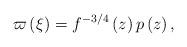
LaTeX: \begin{align*}\varpi \left( \xi \right) =f^{-3/4}\left( z\right) p\left( z\right) ,\end{align*}